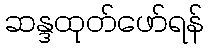
ဆန္ဒထုတ်ဖော်ရန်